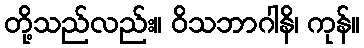
တို့သည်လည်း။ ဝိသဘာဂါနိ၊ ကုန်။